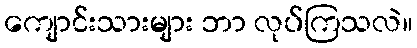
ကျောင်းသားများ ဘာ လုပ်ကြသလဲ။